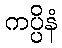
ကပ္ပိနံ